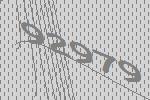
92979